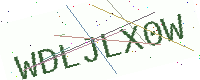
Text: WDLJLX0W